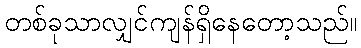
တစ်ခုသာလျှင်ကျန်ရှိနေတော့သည်။